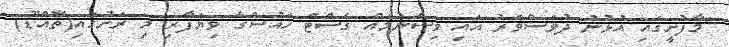
"މާފުށީގައި އުޅުނު ދުވަސްވަރު އައި ވިސްނުމެއް ގެސްޓް ހައުސްގެ ވިޔަފާރި މި ރަށުގައި(ތޮއްޑޫ)